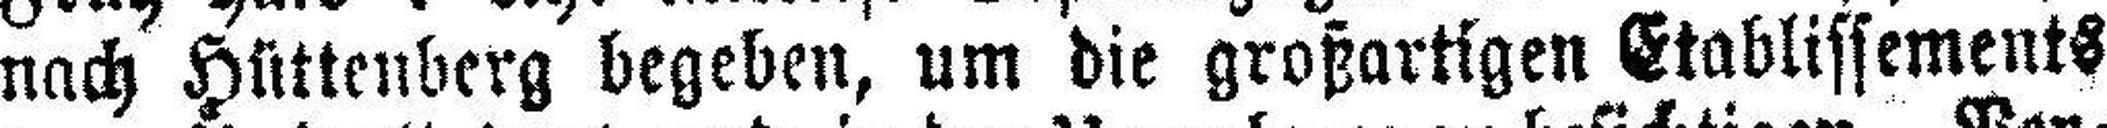
nach Hüttenberg begeben, um die großartigen Etablissements